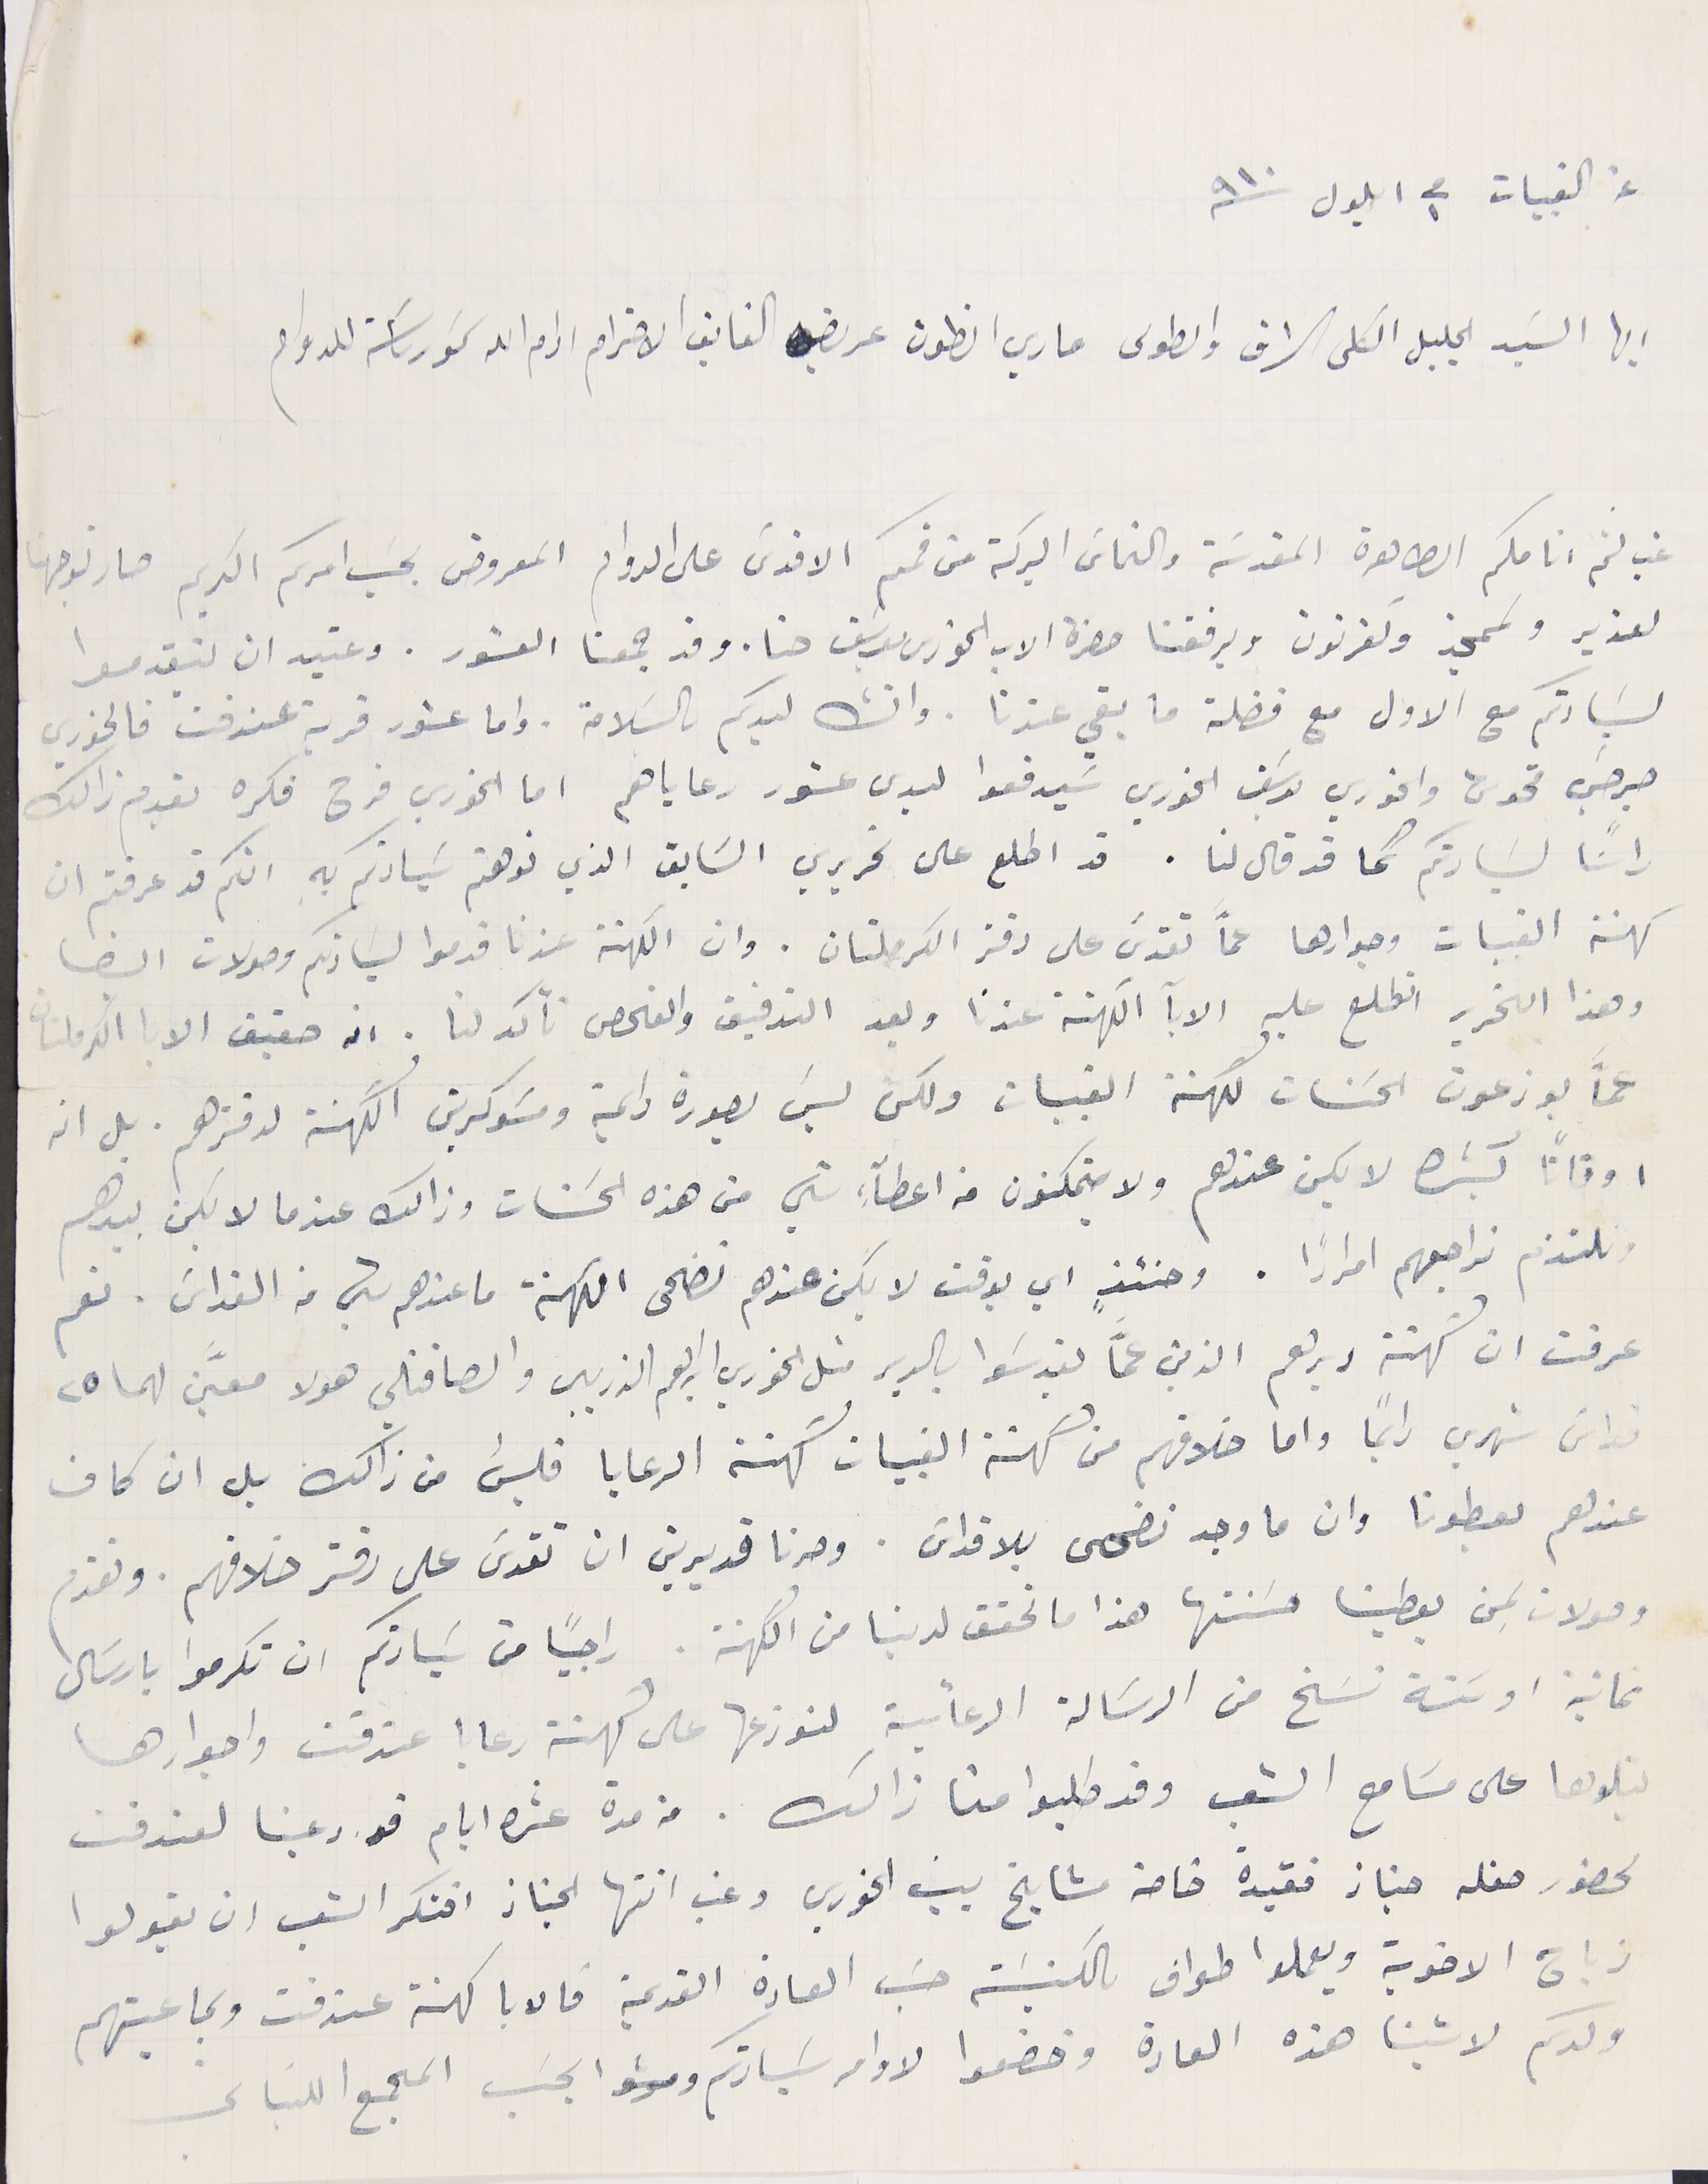
عن القبيات فى ١ ايلول سنة ١٩١٠
ايها السَيد الجليل الكلى الشرف والطوىى ماري انطون عريضه الفايق الاحترام ادام الله سَمو رىاسَته للدوام
غب لثم انامكم الطاهرة المقدسَة والتماسَ البركة من فمكم الاقدسَ على الدوام المعروض بحسَب امركم الكريم صار توجهنا
لعزير ولممجز وكفرنون ويرفقنا حضرة الاب الخورى يوسَف حنا. وقد جمعنا العشور. وعتيد ان يتقدموا
لسَيادتكم مع الاول مع فضلة ما بقي عندنا. وانشالله ليدكم ىالسلامة. واما عشور قرية عندقت فالخوري
جرجسَ تحومى والخوري يوسَف الخوري سَيدفعوا ليدى عشور رعاياهم اما الخوري فرح فكره يقدم ذالك
راسًا لسَيادتكم كما قد قال لنا. قد اطلع على تحريري السَابق الذي نوهتم سَيادتكم بهِ انكم قد عرفتم ان
كهنة القبيات وجوارها عمَّا تقدسَ على دفتر الكرملتان. وان الكهنة عندنا قدموا لسَيادتكم وصولات ايضا
وهذا التحرير اتطلع عليه الابآ الكهنة عندنا وبعد التدقيق والفحص تأكد لنا. ان حقيق الابا الكرملتان
عمّا يوزعون الحسَنات لكهنة القبيات ولكن ليسَ بصورة دايمة ومسَوكرين الكهنة لدفترهم. بل انه
اوقاتًا كثيره لا يكن عندهم ولا يتمكنون من اعطآءِ شي من هذه الحسَنات وذالك عندما لا يكن بيدهم
ونلتزم نراجعهم امرارًا. وحنئذٍ اي بوقت لا يكن عندهم تضحى الكهنة ما عندهم شيء من القداس. نعم
عرفت ان كهنة ديرهم الذين عمّا يقدسَوا بالدير متل الخوري ابراهيم الذريبى والصافتلي هولا معيَّن لهما ٢٥
قداس شهري دايماً واما خلافهم من كهنة القبيات كهنة الرعايا فليسَ من ذالك بل ان كان
عندهم يعطونا وان ما وجد نضحى بلا قداسَ. وصرنا قديرين ان نقدسَ على دفتر خلافهم. ونقدم
وصولات لِمن يعطينا حسَنتها هذا ما تحقق لدينا من الكهنة. راجيًا من سَيادتكم ان تكرموا بارسَال
ثمانية او سَتة نسَخ من الرسَالة الرعائية لنوزعها على كهنة رعايا عندقت واجوارها
يتلوها على مسَامع الشعب وقد طلبوا منا ذالك. من مدة عشرة ايام قد دعينا لعندقت
لحضور حفله جناز فقيدة خاصة مشايخ بيت الخوري وغب انتها الجناز افتكر الشعب ان يقولوا
زياح الاخوية ويعملوا طواف بالكنيسَة حسَب العادة القديمة فالابا كهنة عندقت وبماعيتهم
ولدكم لاشينا هذه العادة وخضعوا لاوامر سَيادتكم  بحسَب المجمع اللبنانى